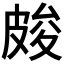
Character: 𭽫